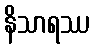
နိသာရဿ